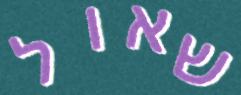
שאול